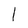
Character: l